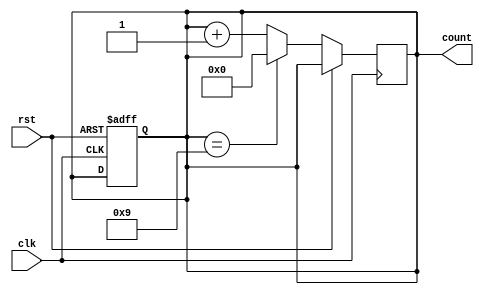
module DecadeCounter (
  input clk,    // Clock input
  input rst,    // Reset input
  output reg [3:0] count   // 4-bit output representing count
);

reg [3:0] next_count;  // Next count value to be loaded

// Sequential logic for incrementing count
always @(posedge clk or posedge rst) begin
  if (rst) begin
    count <= 4'b0000;  // Initialize count to 0
  end else begin
    if (count == 4'b1001) begin
      next_count <= 4'b0000;  // Reset count to 0 when it reaches 9
    end else begin
      next_count <= count + 1;  // Increment count
    end
  end
end

// Assign next count value to count output
always @(*) begin
  count <= next_count;
end

endmodule